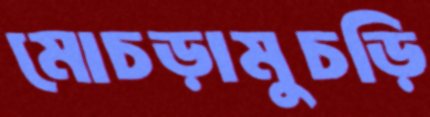
মোচড়ামুচড়ি